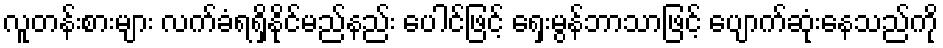
လူတန်းစားများ လက်ခံရရှိနိုင်မည်နည်း ပေါင်ဖြင့် ရှေးမွန်ဘာသာဖြင့် ပျောက်ဆုံးနေသည်ကို